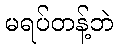
မရပ်တန့်ဘဲ